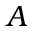
\boldsymbol { A }